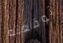
توقعته